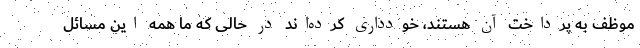
موظف به پرداخت آن هستند، خودداری کرده‌اند در حالی که ما همه این مسائل